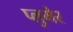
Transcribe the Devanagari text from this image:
प्लुमेर